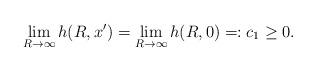
LaTeX: \begin{align*}\lim_{R\to \infty} h(R,x')=\lim_{R\to \infty} h(R,0)=:c_1\ge 0.\end{align*}